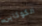
الكوكاين